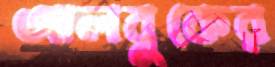
আলবুকের